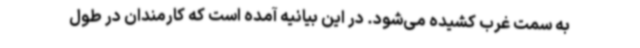
به سمت غرب کشیده می‌شود. در این بیانیه آمده است که کارمندان در طول